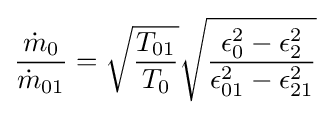
{\frac {{\dot {m}}_{0}}{{\dot {m}}_{01}}}={\sqrt {\frac {T_{01}}{T_{0}}}}{\sqrt {\frac {\epsilon _{0}^{2}-\epsilon _{2}^{2}}{\epsilon _{01}^{2}-\epsilon _{21}^{2}}}}